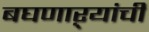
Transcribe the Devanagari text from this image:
बघणाऱ्यांची